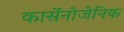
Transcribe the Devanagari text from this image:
कार्सेनोजेनिक